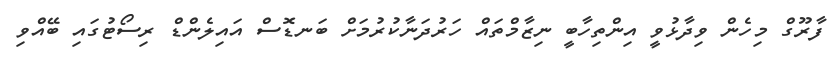
ފާރޫގް މިހެން ވިދާޅުވީ އިންތިހާބީ ނިޒާމްތައް ހަރުދަނާކުރުމަށް ބަނޑޮސް އައިލެންޑް ރިސޯޓުގައި ބޭއްވި